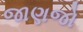
જાણજો